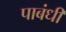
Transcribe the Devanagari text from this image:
पाबंधी